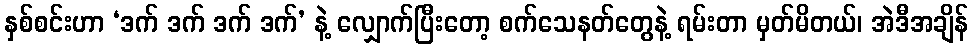
နှစ်စင်းဟာ ‘ဒက် ဒက် ဒက် ဒက်’ နဲ့ လျှောက်ပြီးတော့ စက်သေနတ်တွေနဲ့ ရမ်းတာ မှတ်မိတယ်၊ အဲဒီအချိန်